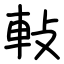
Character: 軙